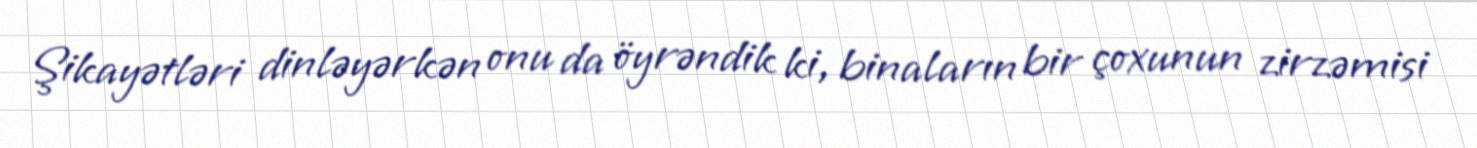
Şikayətləri dinləyərkən onu da öyrəndik ki, binaların bir çoxunun zirzəmisi